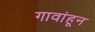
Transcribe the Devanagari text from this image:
गावांहून